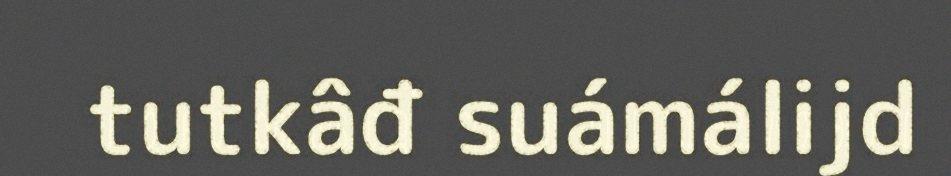
tutkâđ suámálijd